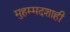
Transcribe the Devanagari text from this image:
मुहम्मदशाही